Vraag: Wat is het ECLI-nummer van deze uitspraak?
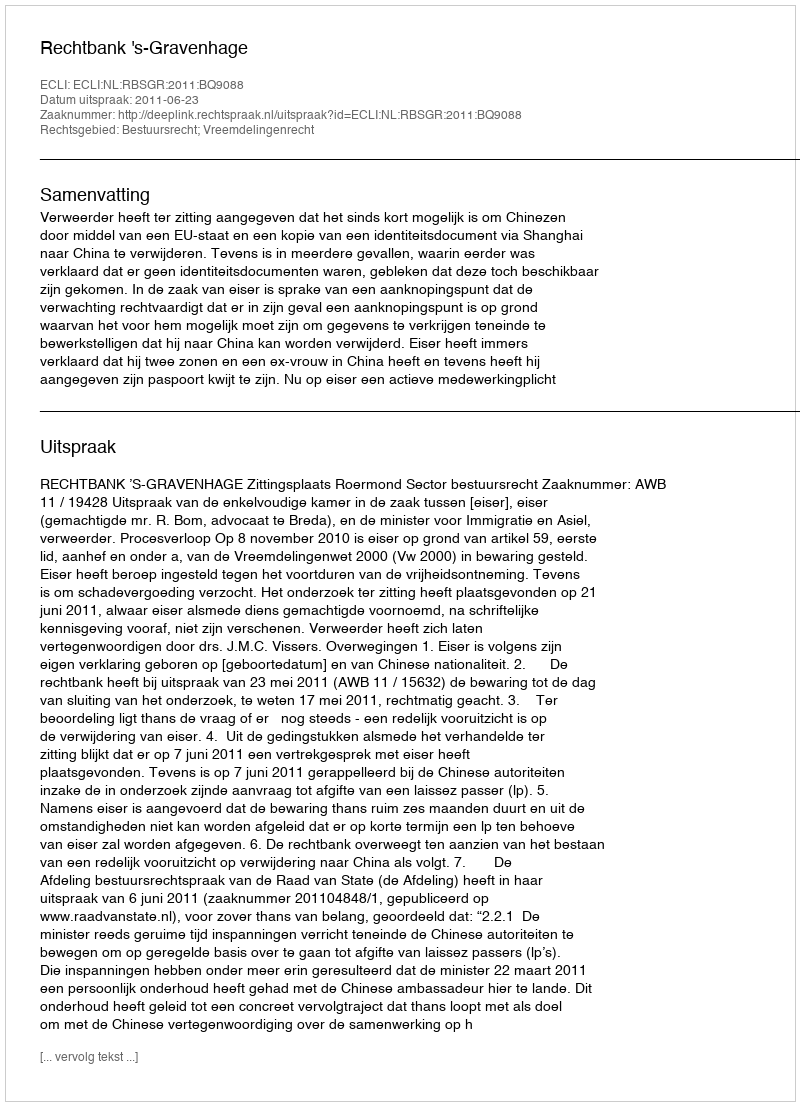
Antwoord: ECLI:NL:RBSGR:2011:BQ9088